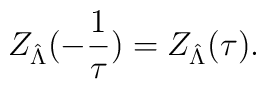
Z_{\hat \Lambda}( - \frac 1 \tau) = Z_{\hat \Lambda} (\tau) .